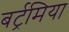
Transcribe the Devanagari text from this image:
बर्ट्रमिया